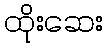
ထိုးဆေး